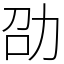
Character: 劭